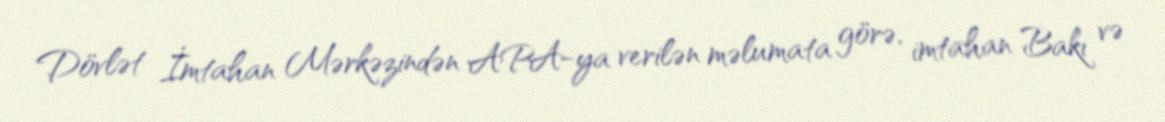
Dövlət İmtahan Mərkəzindən APA-ya verilən məlumata görə, imtahan Bakı və